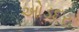
ઓડદર